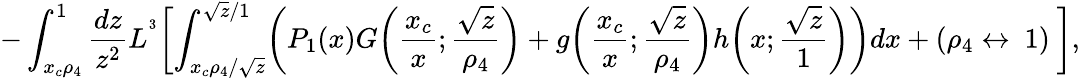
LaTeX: -\int_{x_{c}\rho_{4}}^{1}\frac{dz}{z^{2}}L^{^3}\biggl[\int_{{x_{c}\rho_{4}}/{\sqrt{z}}}^{\sqrt{z}/1}\biggl(P_{1}(x)G\biggl(\frac{x_{c}}{x};\frac{\sqrt{z}}{\rho_{4}}\biggr)+g\biggl(\frac{x_{c}}{x};\frac{\sqrt{z}}{\rho_{4}}\biggr)h\biggl(x;\frac{\sqrt{z}}{1}\biggr)\biggr)dx+(\rho_{4}\leftrightarrow\ 1)\ \biggr],